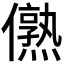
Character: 𰃁